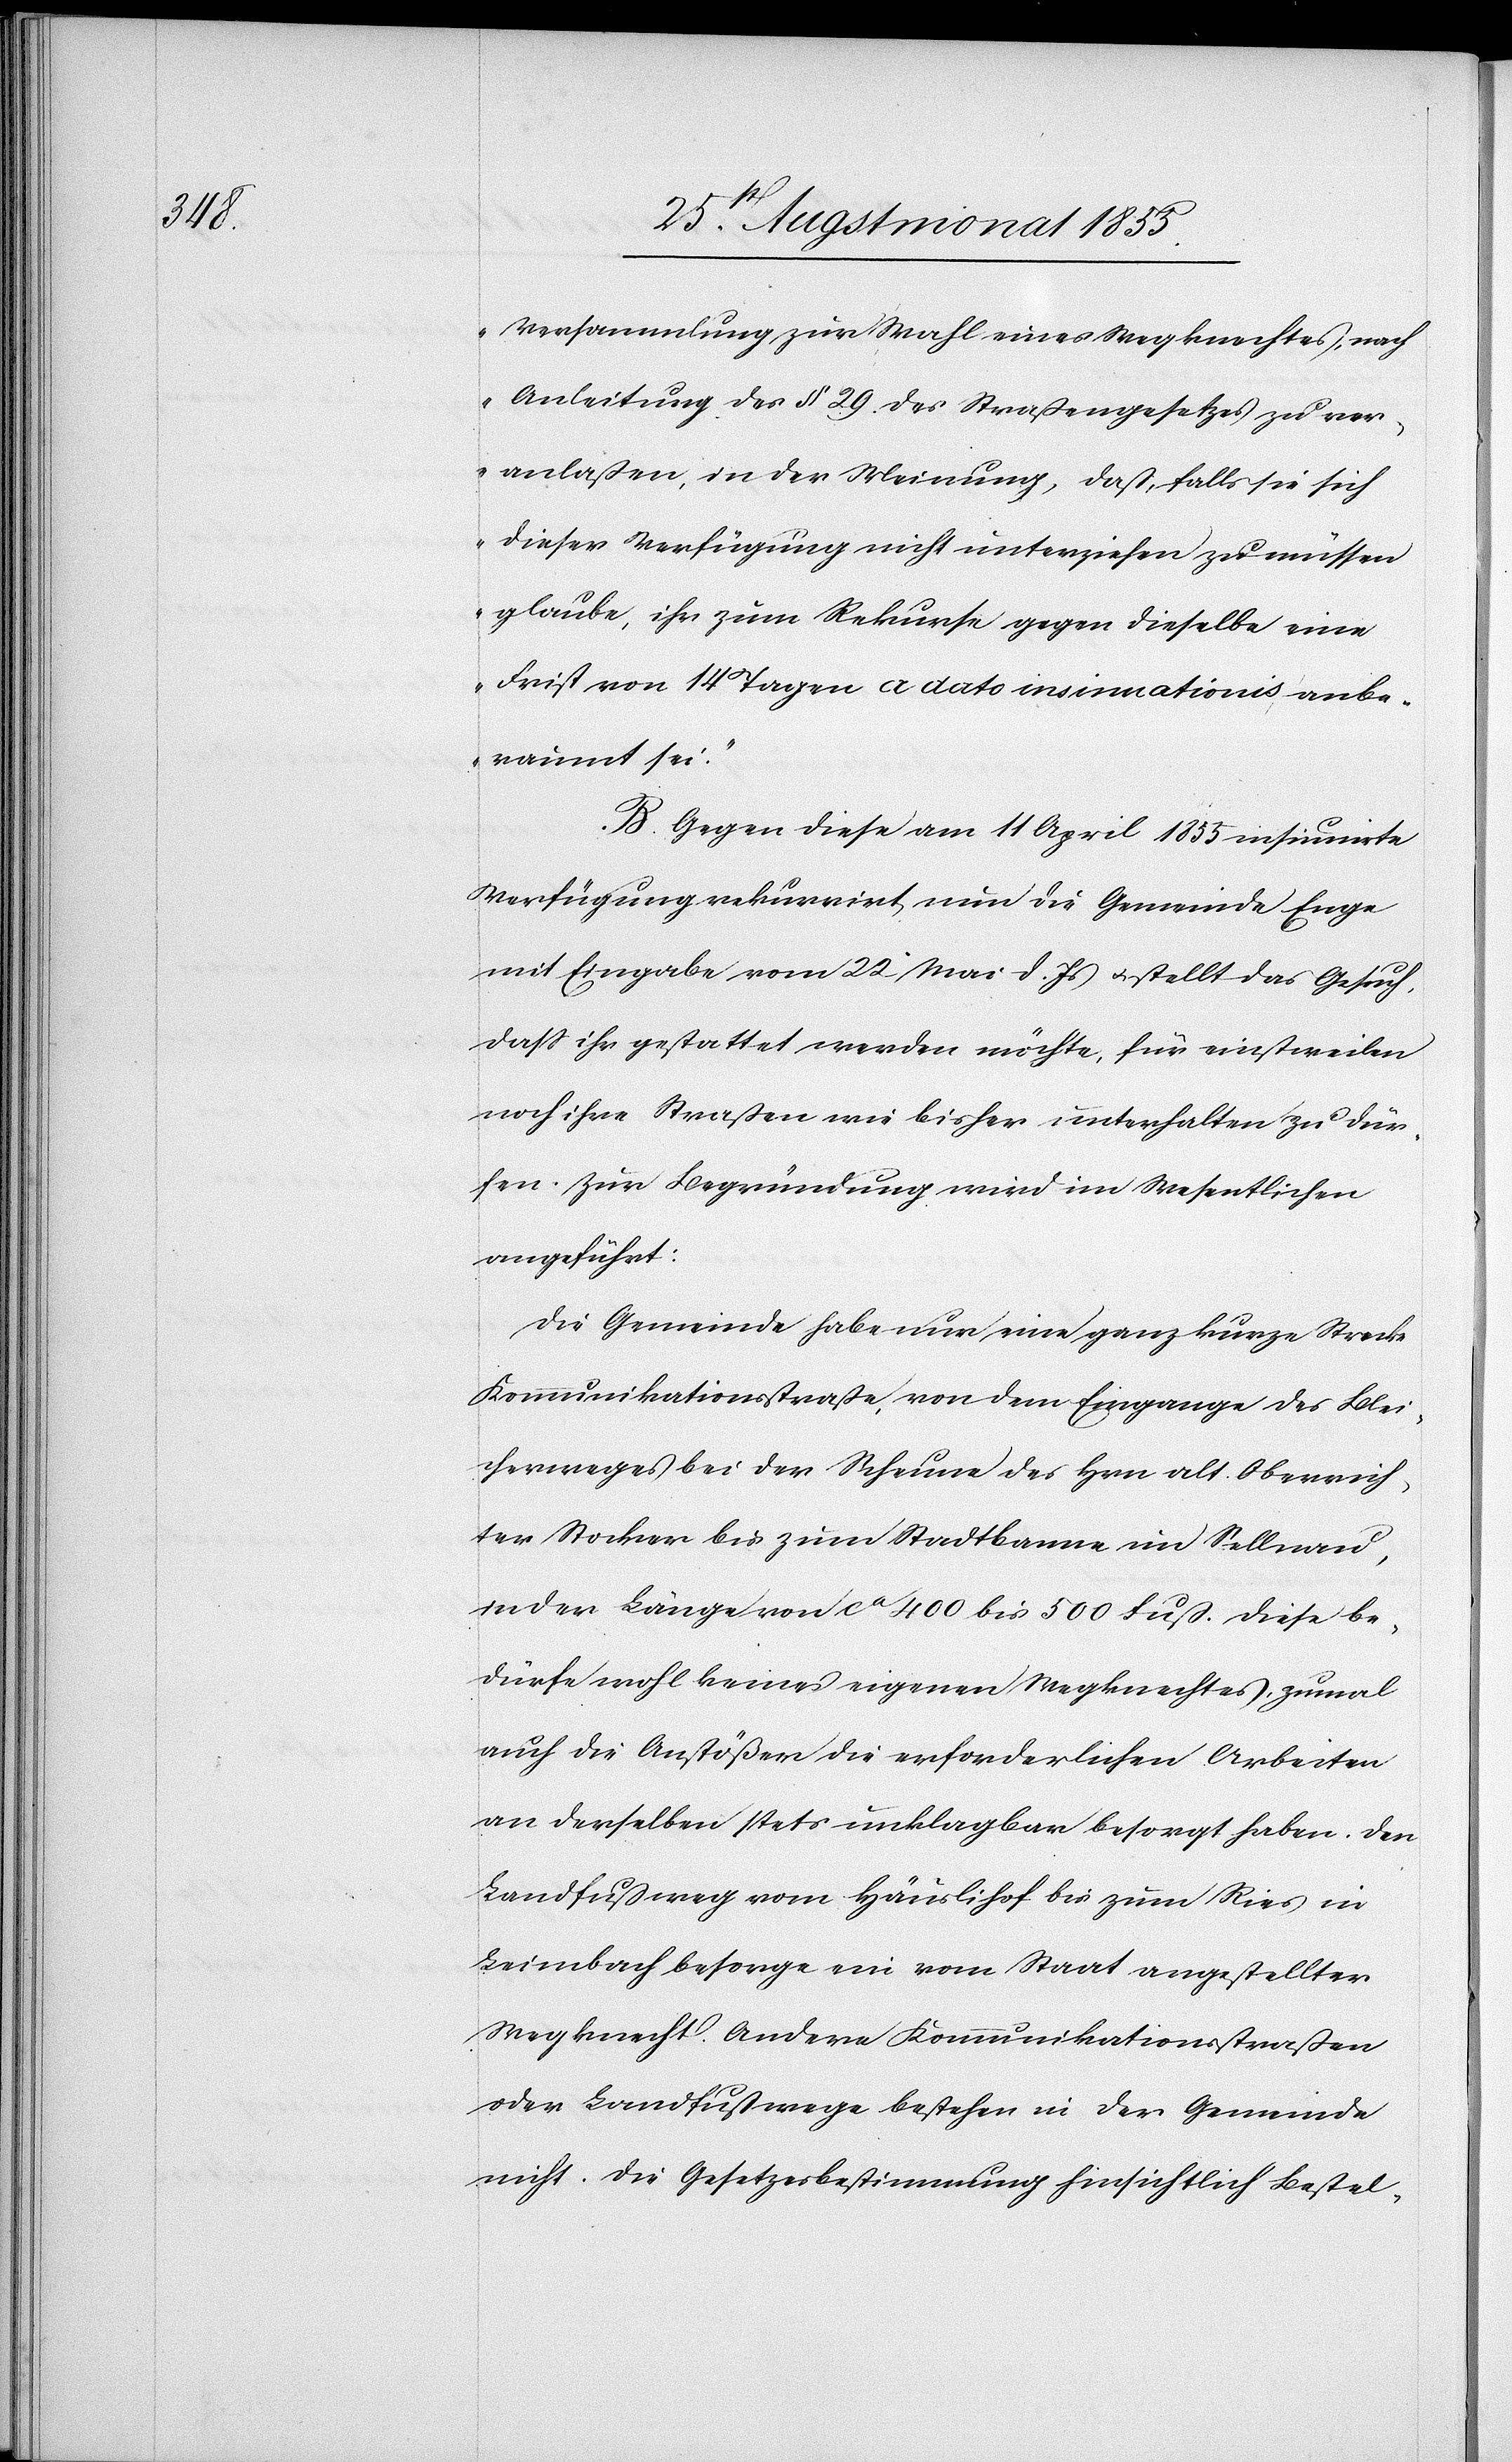
Versammlung zur Wahl eines Wegknechtes, nach
Anleitung des § 29. des Straßengesetzes zu ver¬
anlaßen, in der Meinung, daß, falls sie sich
dieser Verfügung nicht unterziehen zu müssen
glaube, ihr zum Rekurse gegen dieselbe eine
Frist von 14 Tagen a dato insinuationis anbe¬
raumt sei.“
B. Gegen diese am 11 April 1855 insinuirte
Verfügung rekurrirt nun die Gemeinde Enge
mit Eingabe vom 22 Mai d. Js & stellt das Gesuch,
dass ihr gestattet werden möchte, für einstweilen
noch ihre Straßen wie bisher unterhalten zu dür¬
fen. Zur Begründung wird im Wesentlichen
angeführt:
Die Gemeinde habe nur eine ganz kurze Strecke
Kommunikationsstraße, von dem Eingange des Blei¬
cherweges bei der Scheune des Hrn. alt Oberrich¬
ter Stocker bis zum Stadtbanne im Sellnau,
in der Länge von ca 400 bis 500 Fuß. Diese be¬
dürfe wohl keines eigenen Wegknechtes, zumal
auch die Anstößer die erforderlichen Arbeiten
an derselben stets unklagbar besorgt haben. Den
Landfußweg vom Häuslihof bis zum Ries in
Leimbach besorge ein vom Staat angestellter
Wegknecht. Andere Kommunikationsstraßen
oder Landfußwege bestehen in der Gemeinde
nicht. Die Gesetzesbestimmung hinsichtlich Bestel-